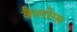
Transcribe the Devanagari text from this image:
कैलोग्स